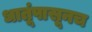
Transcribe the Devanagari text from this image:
धातूंपासूनच